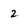
Character: 2